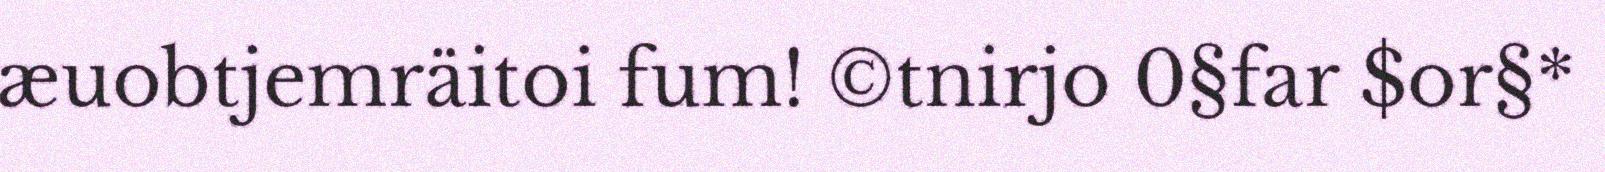
æuobtjemräitoi fum! ©tnirjo 0§far $or§*